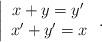
LaTeX: \begin{align*}\left|\begin{array}{cc}x+y=y'\, \\x'+y'=x\end{array}\right..\end{align*}